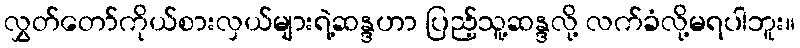
လွှတ်တော်ကိုယ်စားလှယ်များရဲ့ဆန္ဒဟာ ပြည့်သူ့ဆန္ဒလို့ လက်ခံလို့မရပါဘူး။